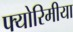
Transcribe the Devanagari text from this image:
फ्योरिमीया